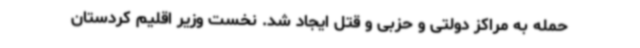
حمله به مراکز دولتی و حزبی و قتل ایجاد شد. نخست وزیر اقلیم کردستان